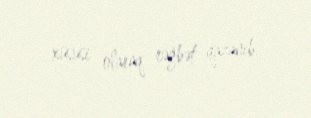
xüsusi olaraq rəğbət qazanıb.